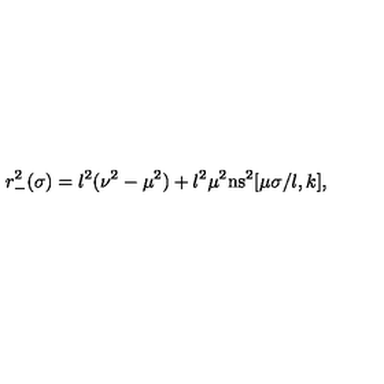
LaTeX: r _ { - } ^ { 2 } ( \sigma ) = l ^ { 2 } ( \nu ^ { 2 } - \mu ^ { 2 } ) + l ^ { 2 } \mu ^ { 2 } \mathrm { n s } ^ { 2 } [ \mu \sigma / l , k ] ,